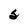
Character: 5